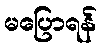
မပြောရန်